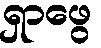
ရှာဖွေ